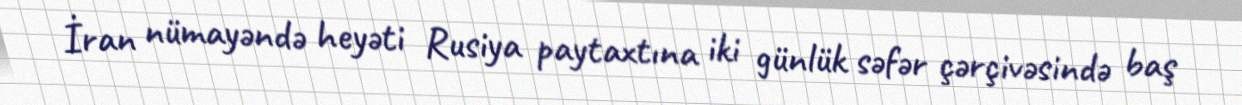
İran nümayəndə heyəti Rusiya paytaxtına iki günlük səfər çərçivəsində baş